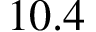
1 0 . 4